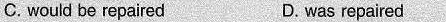
C. would be repaired D. was repaired